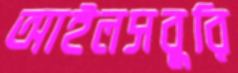
আইলসবুরি